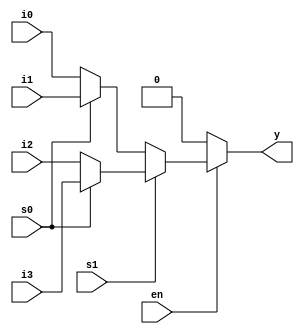
module mux_4_to_1(
	input i3,i2,i1,i0,         //Inputs
	input s1,s0,               //Select Lines
	input en,                  //enable
	output y                   //output
	);
	
////////////////////////WRITE YOUR CODE FROM HERE////////////////////

assign y = en ? (s1 ? (s0 ? i3 : i2) : (s0 ? i1 : i0)) : 0; 



	
///////////////////////YOUR CODE ENDS HERE////////////////////////////
endmodule